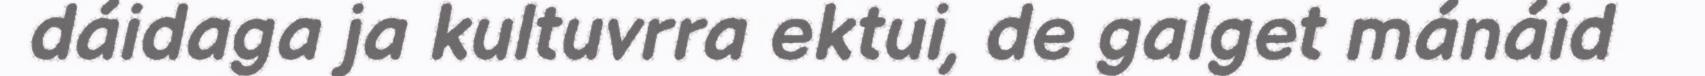
dáidaga ja kultuvrra ektui, de galget mánáid